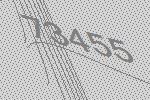
73455